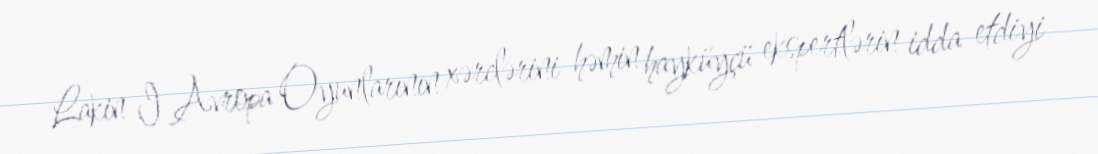
Lakin I Avropa Oyunlarının xərclərini həmin hayküyçü ekspertlərin idda etdiyi